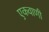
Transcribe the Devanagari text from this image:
एकवाणी